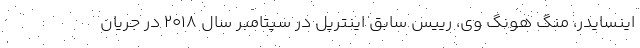
اینسایدر، منگ هونگ وی، رییس سابق اینترپل در سپتامبر سال ۲۰۱۸ در جریان